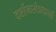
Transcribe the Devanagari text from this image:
दर्शनसंप्रदायों